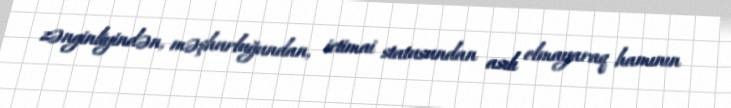
zənginliyindən, məşhurluğundan, ictimai statusundan asılı olmayaraq hamının